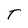
Character: T